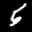
Label: 5